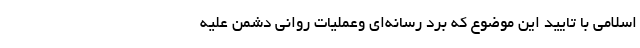
اسلامی با تایید این موضوع که بُرد رسانه‌ای وعملیات روانی دشمن علیه